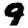
Digit: 9